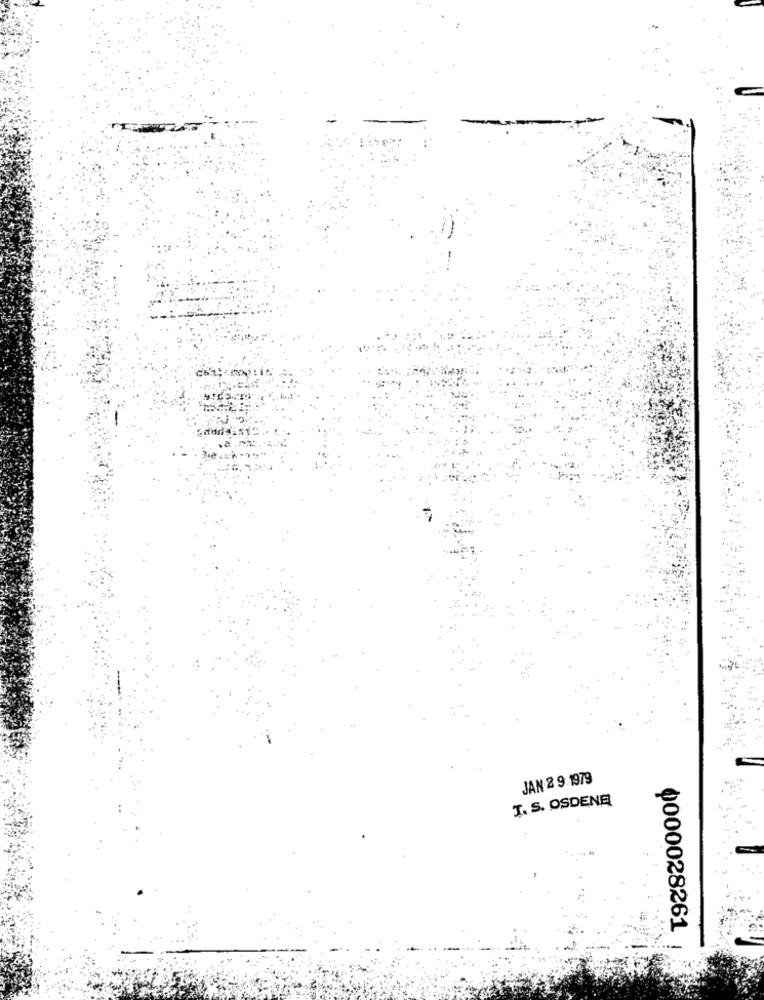
JAN 2 9 1979
T. S. OSDENE
0000028261